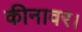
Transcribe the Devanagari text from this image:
कीनावर।